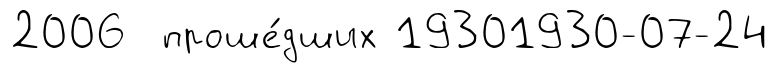
2006 проше́дших 19301930-07-24